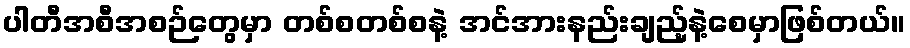
ပါတီအစီအစဉ်တွေမှာ တစ်စတစ်စနဲ့ အင်အားနည်းချည့်နဲ့စေမှာဖြစ်တယ်။